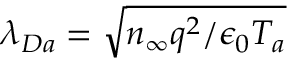
\lambda _ { D a } = \sqrt { n _ { \infty } q ^ { 2 } / \epsilon _ { 0 } T _ { a } }